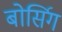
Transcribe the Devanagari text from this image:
बोर्सिग